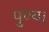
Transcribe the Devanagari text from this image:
पुण्य।